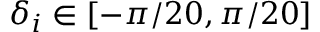
\delta _ { i } \in [ - \pi / 2 0 , \pi / 2 0 ]